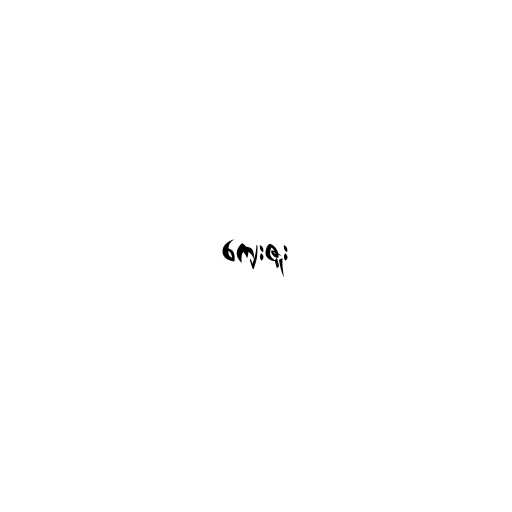
ကျေးဇူး